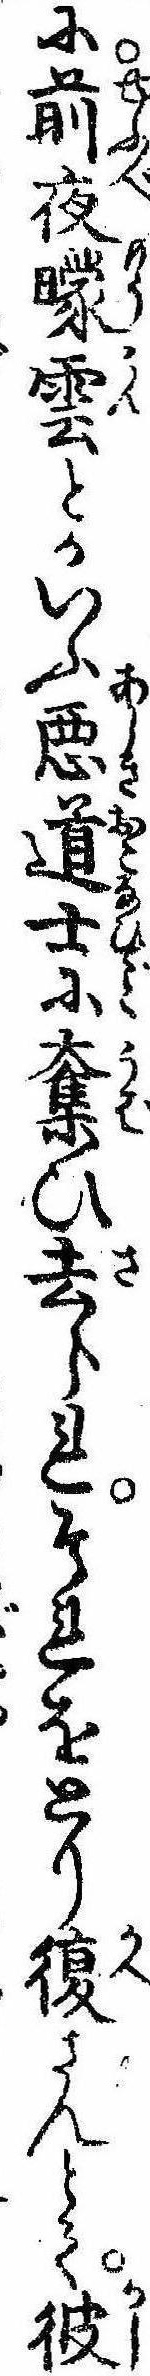
に前夜曚雲とかいふ悪道士に奪ひ去られそれをとり復さんとて彼